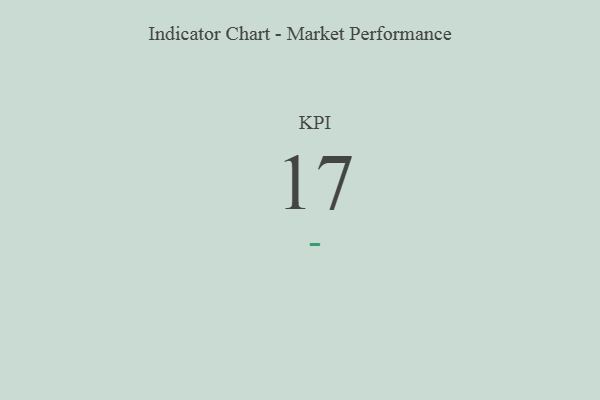
{"axis": {"x": "KPI", "y": "Value"}, "legend": [""], "data": [{"x": "KPI", "y": 17, "type": ""}]}